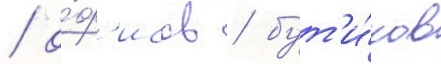
/ о́ф'исов / бут'и́ков